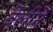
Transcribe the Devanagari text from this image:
वेलीने